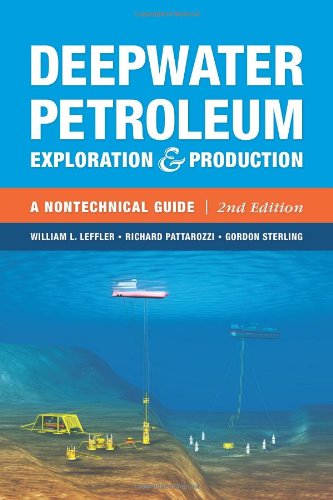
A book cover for Deepwater Petroleum Exploration & Production: A Nontechnical Guide, 2nd Edition; William L. Leffler; Engineering & Transportation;